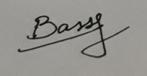
Signature authenticity: genuine